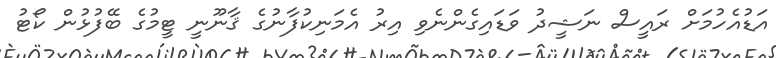
އަޑުއެހުމަށް ރައީސް ނަޝީދު ވަޑައިގެންނެވި އިރު އެމަނިކުފާނުގެ ޤާނޫނީ ޓީމުގެ ބޭފުޅުން ކޯޓު